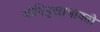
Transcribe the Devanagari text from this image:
योनिमुखाभोवती